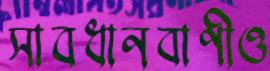
সাবধানবাণীও